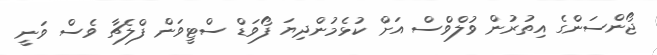
ޖޯންސަންގެ އިތުރުން ވުލްވްސް އަށް ކުޅެމުންދިޔަ ފޯވަޑް ސްޓީވަން ފްލެޗާ ވެސް ވަނީ